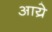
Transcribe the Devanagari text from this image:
आय्रे